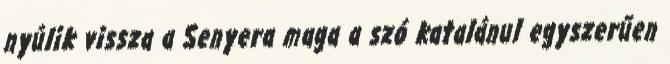
nyúlik vissza a Senyera maga a szó katalánul egyszerűen